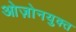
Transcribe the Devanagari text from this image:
ओज़ोनयुक्त